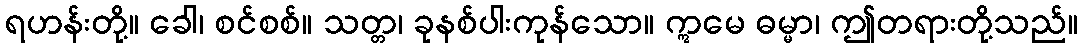
ရဟန်းတို့။ ခေါ၊ စင်စစ်။ သတ္တ၊ ခုနစ်ပါးကုန်သော။ ဣမေ ဓမ္မာ၊ ဤတရားတို့သည်။